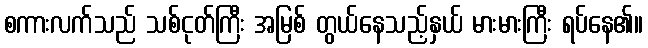
စကားလက်သည် သစ်ငုတ်ကြီး အမြစ် တွယ်နေသည့်နှယ် မားမားကြီး ရပ်နေ၏။